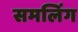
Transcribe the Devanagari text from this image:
समलिंग